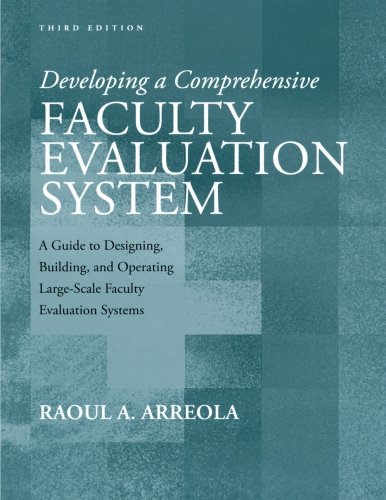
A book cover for Developing a Comprehensive Faculty Evaluation System: A Guide to Designing, Building, and Operating Large-Scale Faculty Evaluation Systems; Raoul A. Arreola; Computers & Technology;